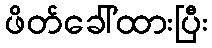
ဖိတ်ခေါ်ထားပြီး